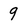
Character: 9